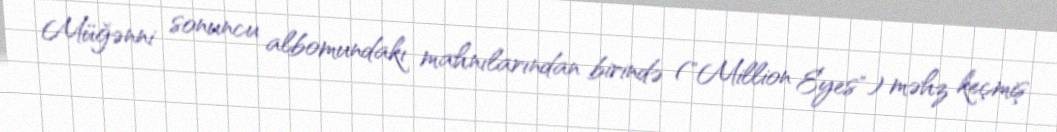
Müğənni sonuncu albomundakı mahnılarından birində ("Million Eyes") məhz keçmiş